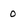
Character: 0